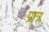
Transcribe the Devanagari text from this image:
प्रात्र